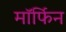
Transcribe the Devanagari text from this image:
माॅर्फिन